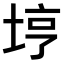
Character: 𫭸